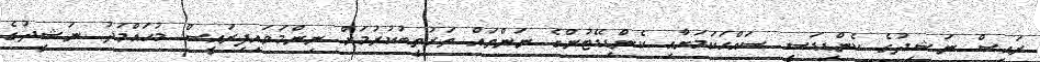
ރައީސް ނަޝީދުގެ ކެންޑިޑަސީ ސައްޙަކަމަށާއި ކެންޑިޑޭޓުންގެ ނަންތައް ތަރުތީބުކުރުމަށް ނިންމަވައިފިރައީސް މުޙައްމަދު ނަޝީދުގެ